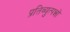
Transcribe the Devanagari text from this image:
प्रतिव्युत्पन्नों